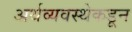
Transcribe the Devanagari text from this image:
अर्थव्यवस्थेकडून